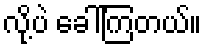
လို့ပဲ ခေါ်ကြတယ်။